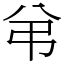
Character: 弚